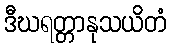
ဒီဃရတ္တာနုသယိတံ